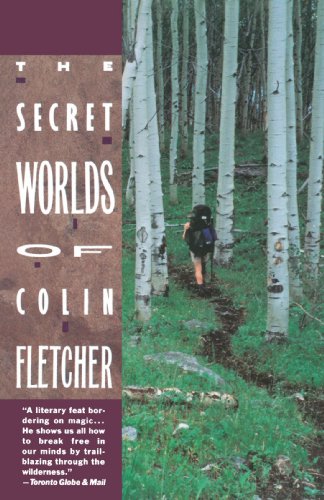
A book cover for Secret Worlds of Colin Fletcher; Colin Fletcher; Travel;